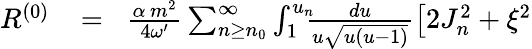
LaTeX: \begin{array}{rlr}{R^{(0)}\! }&{{}=}&{\! \frac{\alpha\, m^{2}}{4\omega^{\prime}}\sum_{n\geq n_{0}}^{\infty}\int_{1}^{u_{n}}\! \! \! \frac{du}{u\sqrt{u(u-1)}}\big[2J_{n}^{2}+\xi^{2}}\end{array}